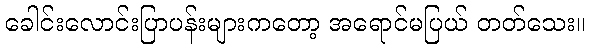
ခေါင်းလောင်းပြာပန်းများကတော့ အရောင်မပြယ် တတ်သေး။